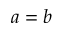
a = b